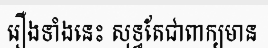
រឿងទាំងនេះ សុទ្ធតែជាពាក្យមាន